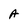
Character: A